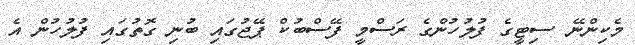
މެކިންނޭ ސިޓީގެ ފުލުހުންގެ ރަސްމީ ފޭސްބުކް ޕޭޖުގައި ބުނި ގޮތުގައި ފުލުހުން އެ